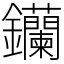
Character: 钄